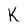
Character: K